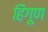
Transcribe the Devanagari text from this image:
हिंगूण